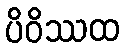
ပိဝိဿထ